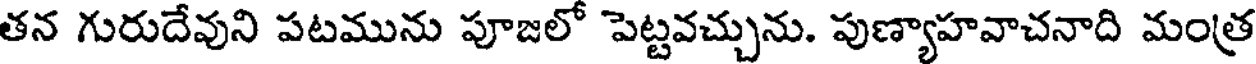
తన గురుదేవుని పటమును పూజలో పెట్టవచ్చును. పుణ్యాహవాచనాది మంత్ర